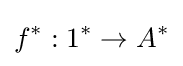
f^{*}:1^{*}\rightarrow A^{*}